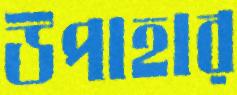
উপাহার